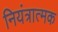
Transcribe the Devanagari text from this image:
नियंत्रात्मक